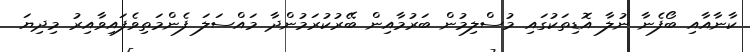
ކާނާއާއި ބޯފެނާ ނުލާ އޮޑިތަކުގައި މުސްލިމުން ބަރުމާއިން ބޭރުކުރަމުންދާ މައްސަލަ ފެންމަތިވެފައިވާއިރު މިދިޔަ